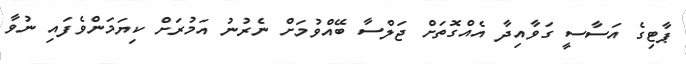
ޕާޓިގެ އަސާސީ ގަވާއިދާ އެއްގޮތަށް ޖަލްސާ ބޭއްވުމަށް ނެރުނު އަމުރަށް ކިޔަމަންވެފައި ނުވާ